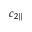
c _ { 2 \parallel }